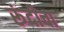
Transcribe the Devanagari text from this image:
रूंदीचा